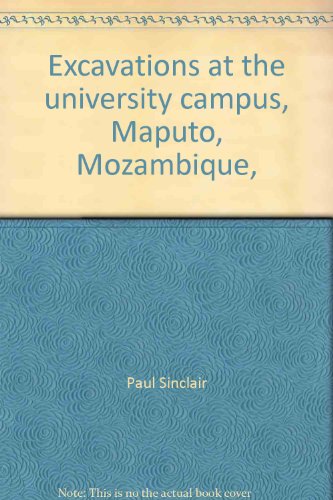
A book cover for Excavations at the university campus, Maputo, Mozambique, 1984-85 (Studies in African archaeology); Paul Sinclair; Travel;